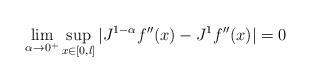
LaTeX: \begin{align*}\lim_{\alpha\to0^+}\sup_{x\in[0,l]}|J^{1-\alpha}f''(x)-J^1f''(x)|=0\end{align*}